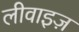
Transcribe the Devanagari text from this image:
लीवाइज़